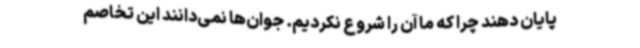
پایان دهند چرا که ما آن را شروع نکردیم. جوان‌ها نمی‌دانند این تخاصم